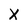
Character: X